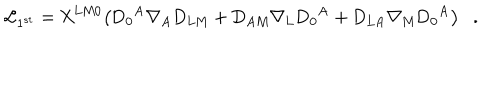
{ \cal L } _ { 1 ^ { s t } } = \mathrm { X ^ { L M 0 } \big ( D _ { 0 } { } ^ { A } \nabla _ { A } D _ { L M } + D _ { A M } \nabla _ { L } D _ { 0 } { } ^ { A } + D _ { L A } \nabla _ { M } D _ { 0 } { } ^ { A } \big ) } .